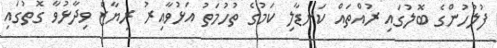
ފުލުހުންގެ ބޮލުގައި ރުއްތައް ކަނޑާލި ކަމުގެ ތުހުމަތު އަޅުވާއިރު ރިޔާޒް ވިދާޅުވާ ގޮތުގައި